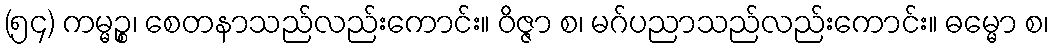
(၅၄) ကမ္မဉ္စ၊ စေတနာသည်လည်းကောင်း။ ဝိဇ္ဇာ စ၊ မဂ်ပညာသည်လည်းကောင်း။ ဓမ္မော စ၊